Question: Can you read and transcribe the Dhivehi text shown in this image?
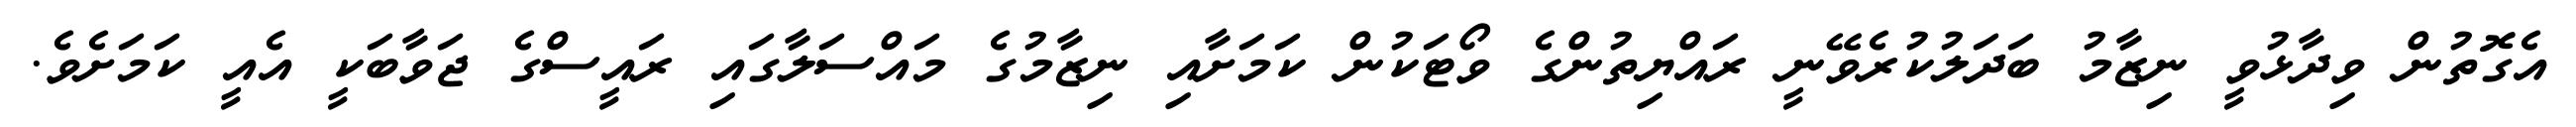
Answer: އެގޮތުން ވިދާޅުވީ ނިޒާމު ބަދަލުކުރެވޭނީ ރައްޔިތުންގެ ވޯޓަކުން ކަމަށާއި ނިޒާމުގެ މައްސަލާގައި ރައީސްގެ ޖަވާބަކީ އެއީ ކަމަށެވެ.